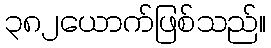
၃၈၂ယောက်ဖြစ်သည်။